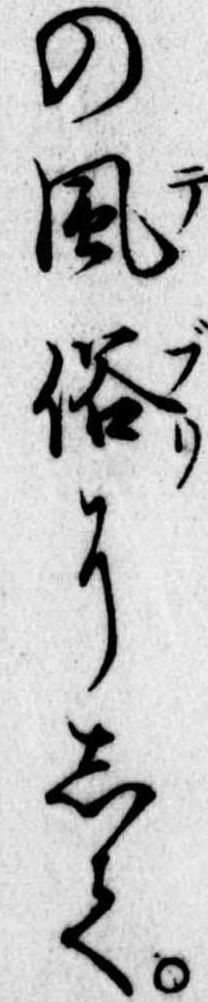
の風俗にして